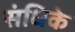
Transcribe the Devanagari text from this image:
संधिके